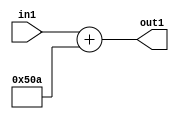
`timescale 1ps / 1ps
/*****************************************************************************
    Verilog RTL Description
    
    
    Created by: Stratus DpOpt 2019.1.01 
*******************************************************************************/

module DC_Filter_gen000001_1 (
	in1,
	out1
	); /* architecture "behavioural" */ 
input [8:0] in1;
output [11:0] out1;
wire [11:0] asc001;

assign asc001 = 
	+(in1)
	+(12'B010100001010);

assign out1 = asc001;
endmodule

/* CADENCE  ubHzTQ0= : u9/ySgnWtBlWxVPRXgAZ4Og= ** DO NOT EDIT THIS LINE ******/